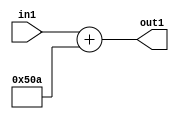
`timescale 1ps / 1ps
/*****************************************************************************
    Verilog RTL Description
    
    
    Created by: Stratus DpOpt 2019.1.01 
*******************************************************************************/

module DC_Filter_gen000001_1 (
	in1,
	out1
	); /* architecture "behavioural" */ 
input [8:0] in1;
output [11:0] out1;
wire [11:0] asc001;

assign asc001 = 
	+(in1)
	+(12'B010100001010);

assign out1 = asc001;
endmodule

/* CADENCE  ubHzTQ0= : u9/ySgnWtBlWxVPRXgAZ4Og= ** DO NOT EDIT THIS LINE ******/